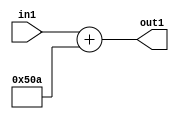
`timescale 1ps / 1ps
/*****************************************************************************
    Verilog RTL Description
    
    
    Created by: Stratus DpOpt 2019.1.01 
*******************************************************************************/

module DC_Filter_gen000001_1 (
	in1,
	out1
	); /* architecture "behavioural" */ 
input [8:0] in1;
output [11:0] out1;
wire [11:0] asc001;

assign asc001 = 
	+(in1)
	+(12'B010100001010);

assign out1 = asc001;
endmodule

/* CADENCE  ubHzTQ0= : u9/ySgnWtBlWxVPRXgAZ4Og= ** DO NOT EDIT THIS LINE ******/